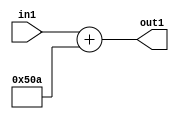
`timescale 1ps / 1ps
/*****************************************************************************
    Verilog RTL Description
    
    
    Created by: Stratus DpOpt 2019.1.01 
*******************************************************************************/

module DC_Filter_gen000001_1 (
	in1,
	out1
	); /* architecture "behavioural" */ 
input [8:0] in1;
output [11:0] out1;
wire [11:0] asc001;

assign asc001 = 
	+(in1)
	+(12'B010100001010);

assign out1 = asc001;
endmodule

/* CADENCE  ubHzTQ0= : u9/ySgnWtBlWxVPRXgAZ4Og= ** DO NOT EDIT THIS LINE ******/